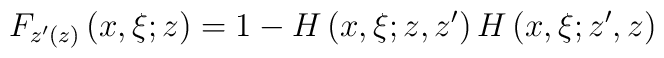
F_{z^{\prime}(z)}\left(  x,\xi;z\right)  =1-H\left(  x,\xi;z,z^{\prime}\right)  H\left(  x,\xi;z^{\prime},z\right)